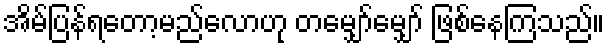
အိမ်ပြန်ရတော့မည်လောဟု တမျှော်မျှော် ဖြစ်နေကြသည်။